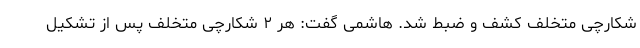
شکارچی متخلف کشف و ضبط شد. هاشمی گفت: هر ۲ شکارچی متخلف پس از تشکیل